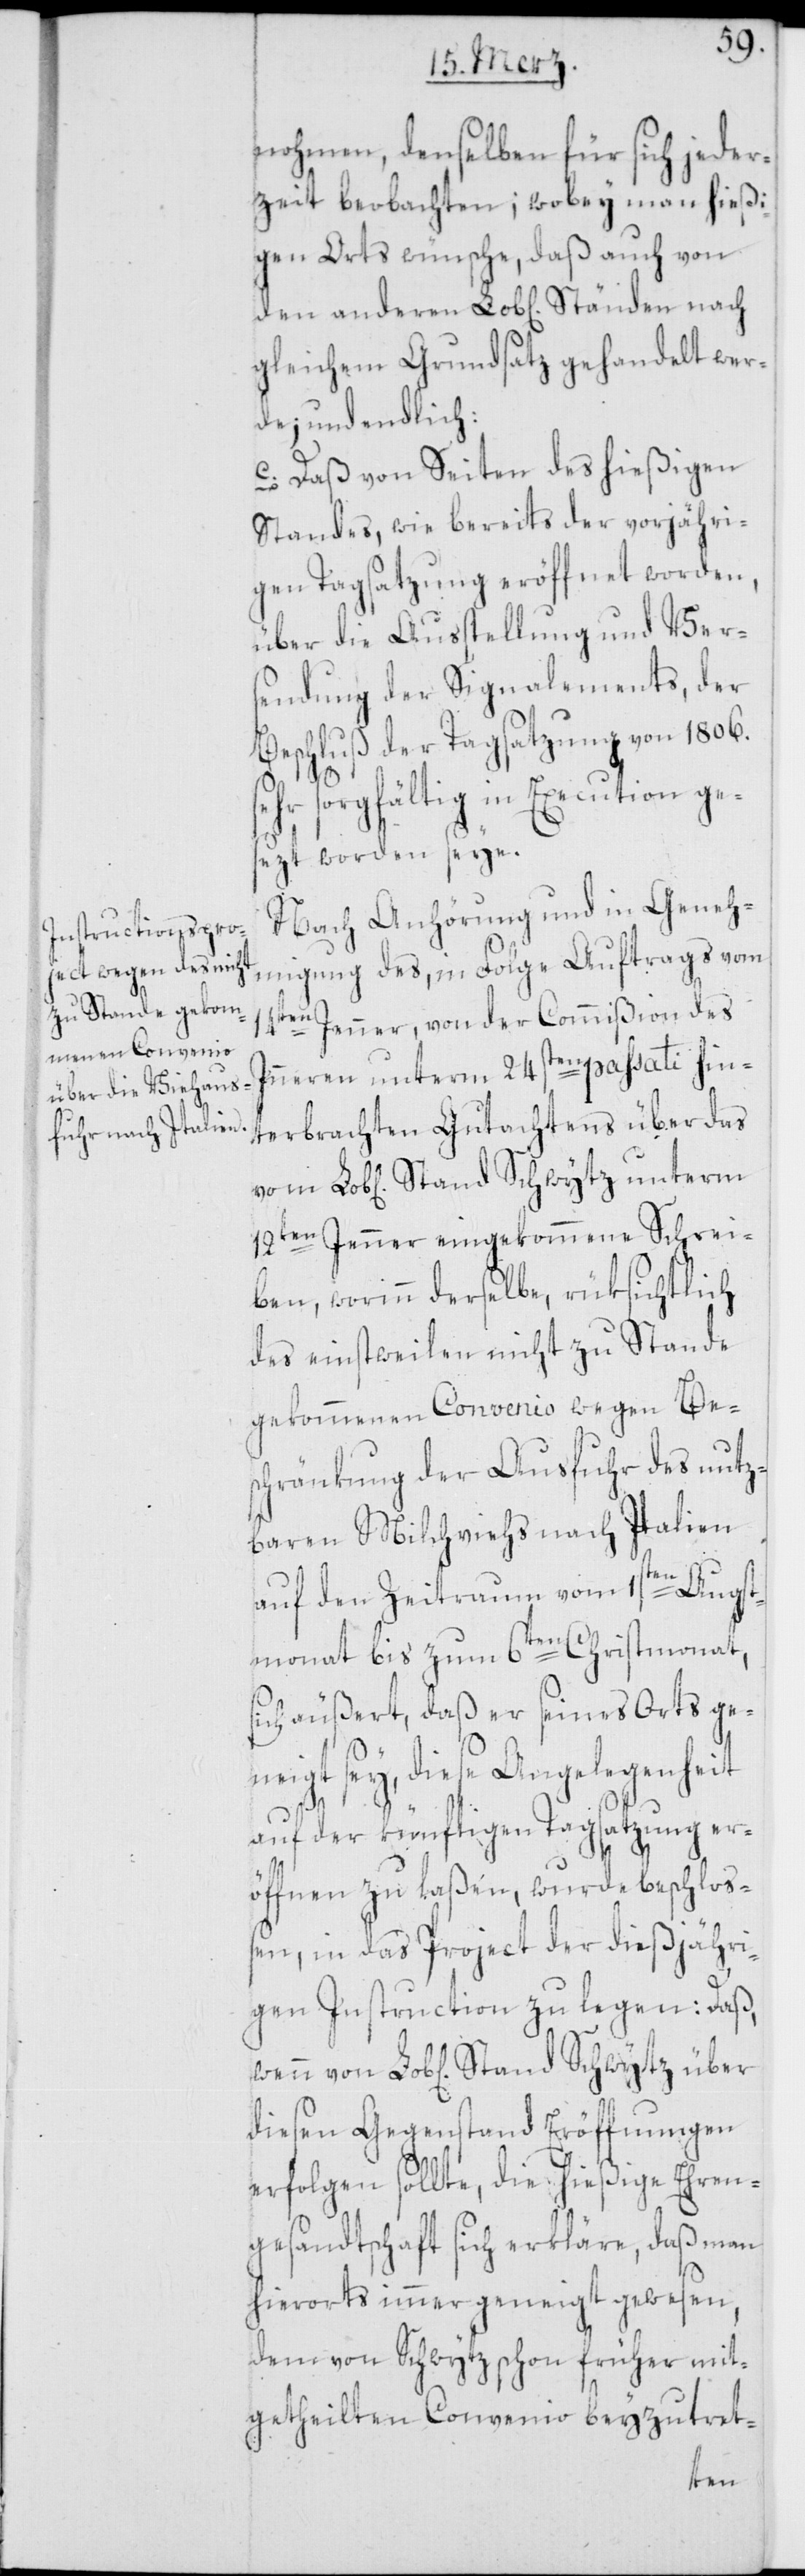
nohmen, denselben für sich jeder¬
zeit beobachten; wobey man hießi¬
gen Orts wünsche, daß auch von
gleichem Grundsatz gehandelt wer¬
de; und endlich
c. Daß von Seiten des hießigen
Standes, wie bereits der vorjähri¬
gen Tagsatzung eröffnet worden,
über die Ausstellung und Ver¬
sendung der Signalements, der
Beschluß der Tagsatzung von 1806 s¬
ehr sorgfältig in Execution ges¬
ezt worden seye.
Nach Anhörung und in Geneh¬
migung des, in Folge Auftrags vom
14ten Jenner, von der Commißion des
Inneren unterm 24sten passati hin¬
terbrachten Gutachtens über das
Lob[lichen] Stand Schwytz unterm
12ten Jenner eingekommene Schrei¬
ben, worin derselbe, rüksichtlich
des einstweilen nicht zu Stande
gekommenen Convenio wegen Be¬
schränkung der Ausfuhr des nutz¬
baren Milchviehs nach Italien
auf den Zeitraum vom 1sten Augst¬
monat bis zum 6ten Christmonat,
sich äußert, daß er seines Orts ge¬
neigt sey, diese Angelegenheit
auf der künftigen Tagsatzung er¬
öffnen zu laßen, wurde beschloß¬
en, in das Project der dießjähri¬
gen Instruction zu legen: Daß,
diesen Gegenstand Eröffnungen
erfolgen sollte, die hießige Ehren¬
gesandtschaft sich erkläre, daß man
hierorts immer geneigt gewesen,
dem von Schwytz schon früher mit¬
getheilten Convenio beyzutret-
den